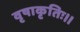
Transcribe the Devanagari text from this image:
वृषाकृतिः।।